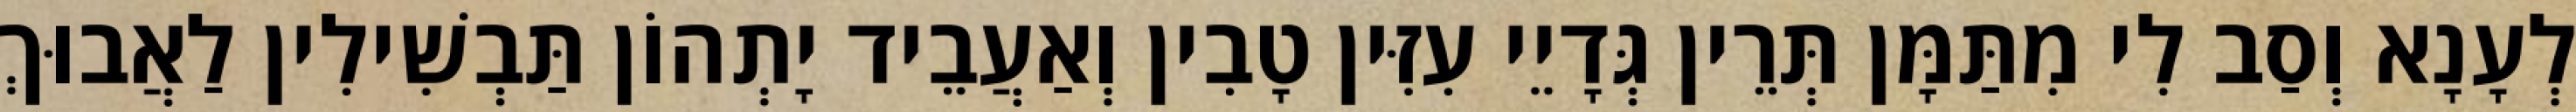
לְעָנָא וְסַב לִי מִתַּמָּן תְּרֵין גְּדָיֵי עִזִּין טָבִין וְאַעֲבֵיד יָתְהוֹן תַּבְשִׁילִין לַאֲבוּךְ